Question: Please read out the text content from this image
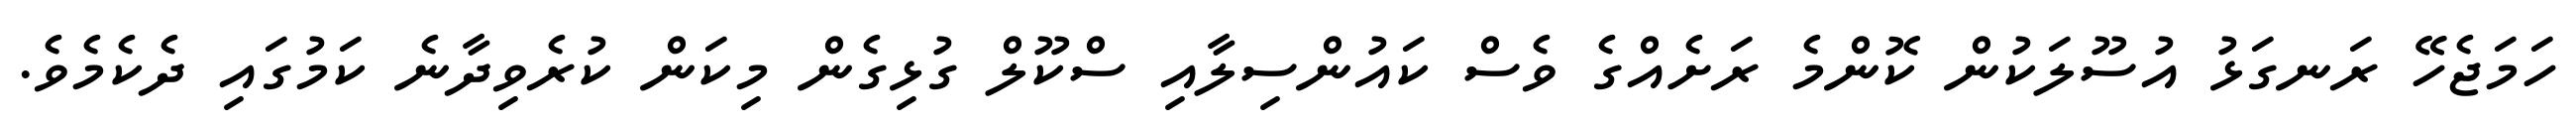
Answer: ހަމަޖެހޭ ރަނގަޅު އުސޫލަކުން ކޮންމެ ރަށެއްގެ ވެސް ކައުންސިލާއި ސްކޫލް ގުޅިގެން މިކަން ކުރެވިދާނެ ކަމުގައި ދެކެމެވެ.